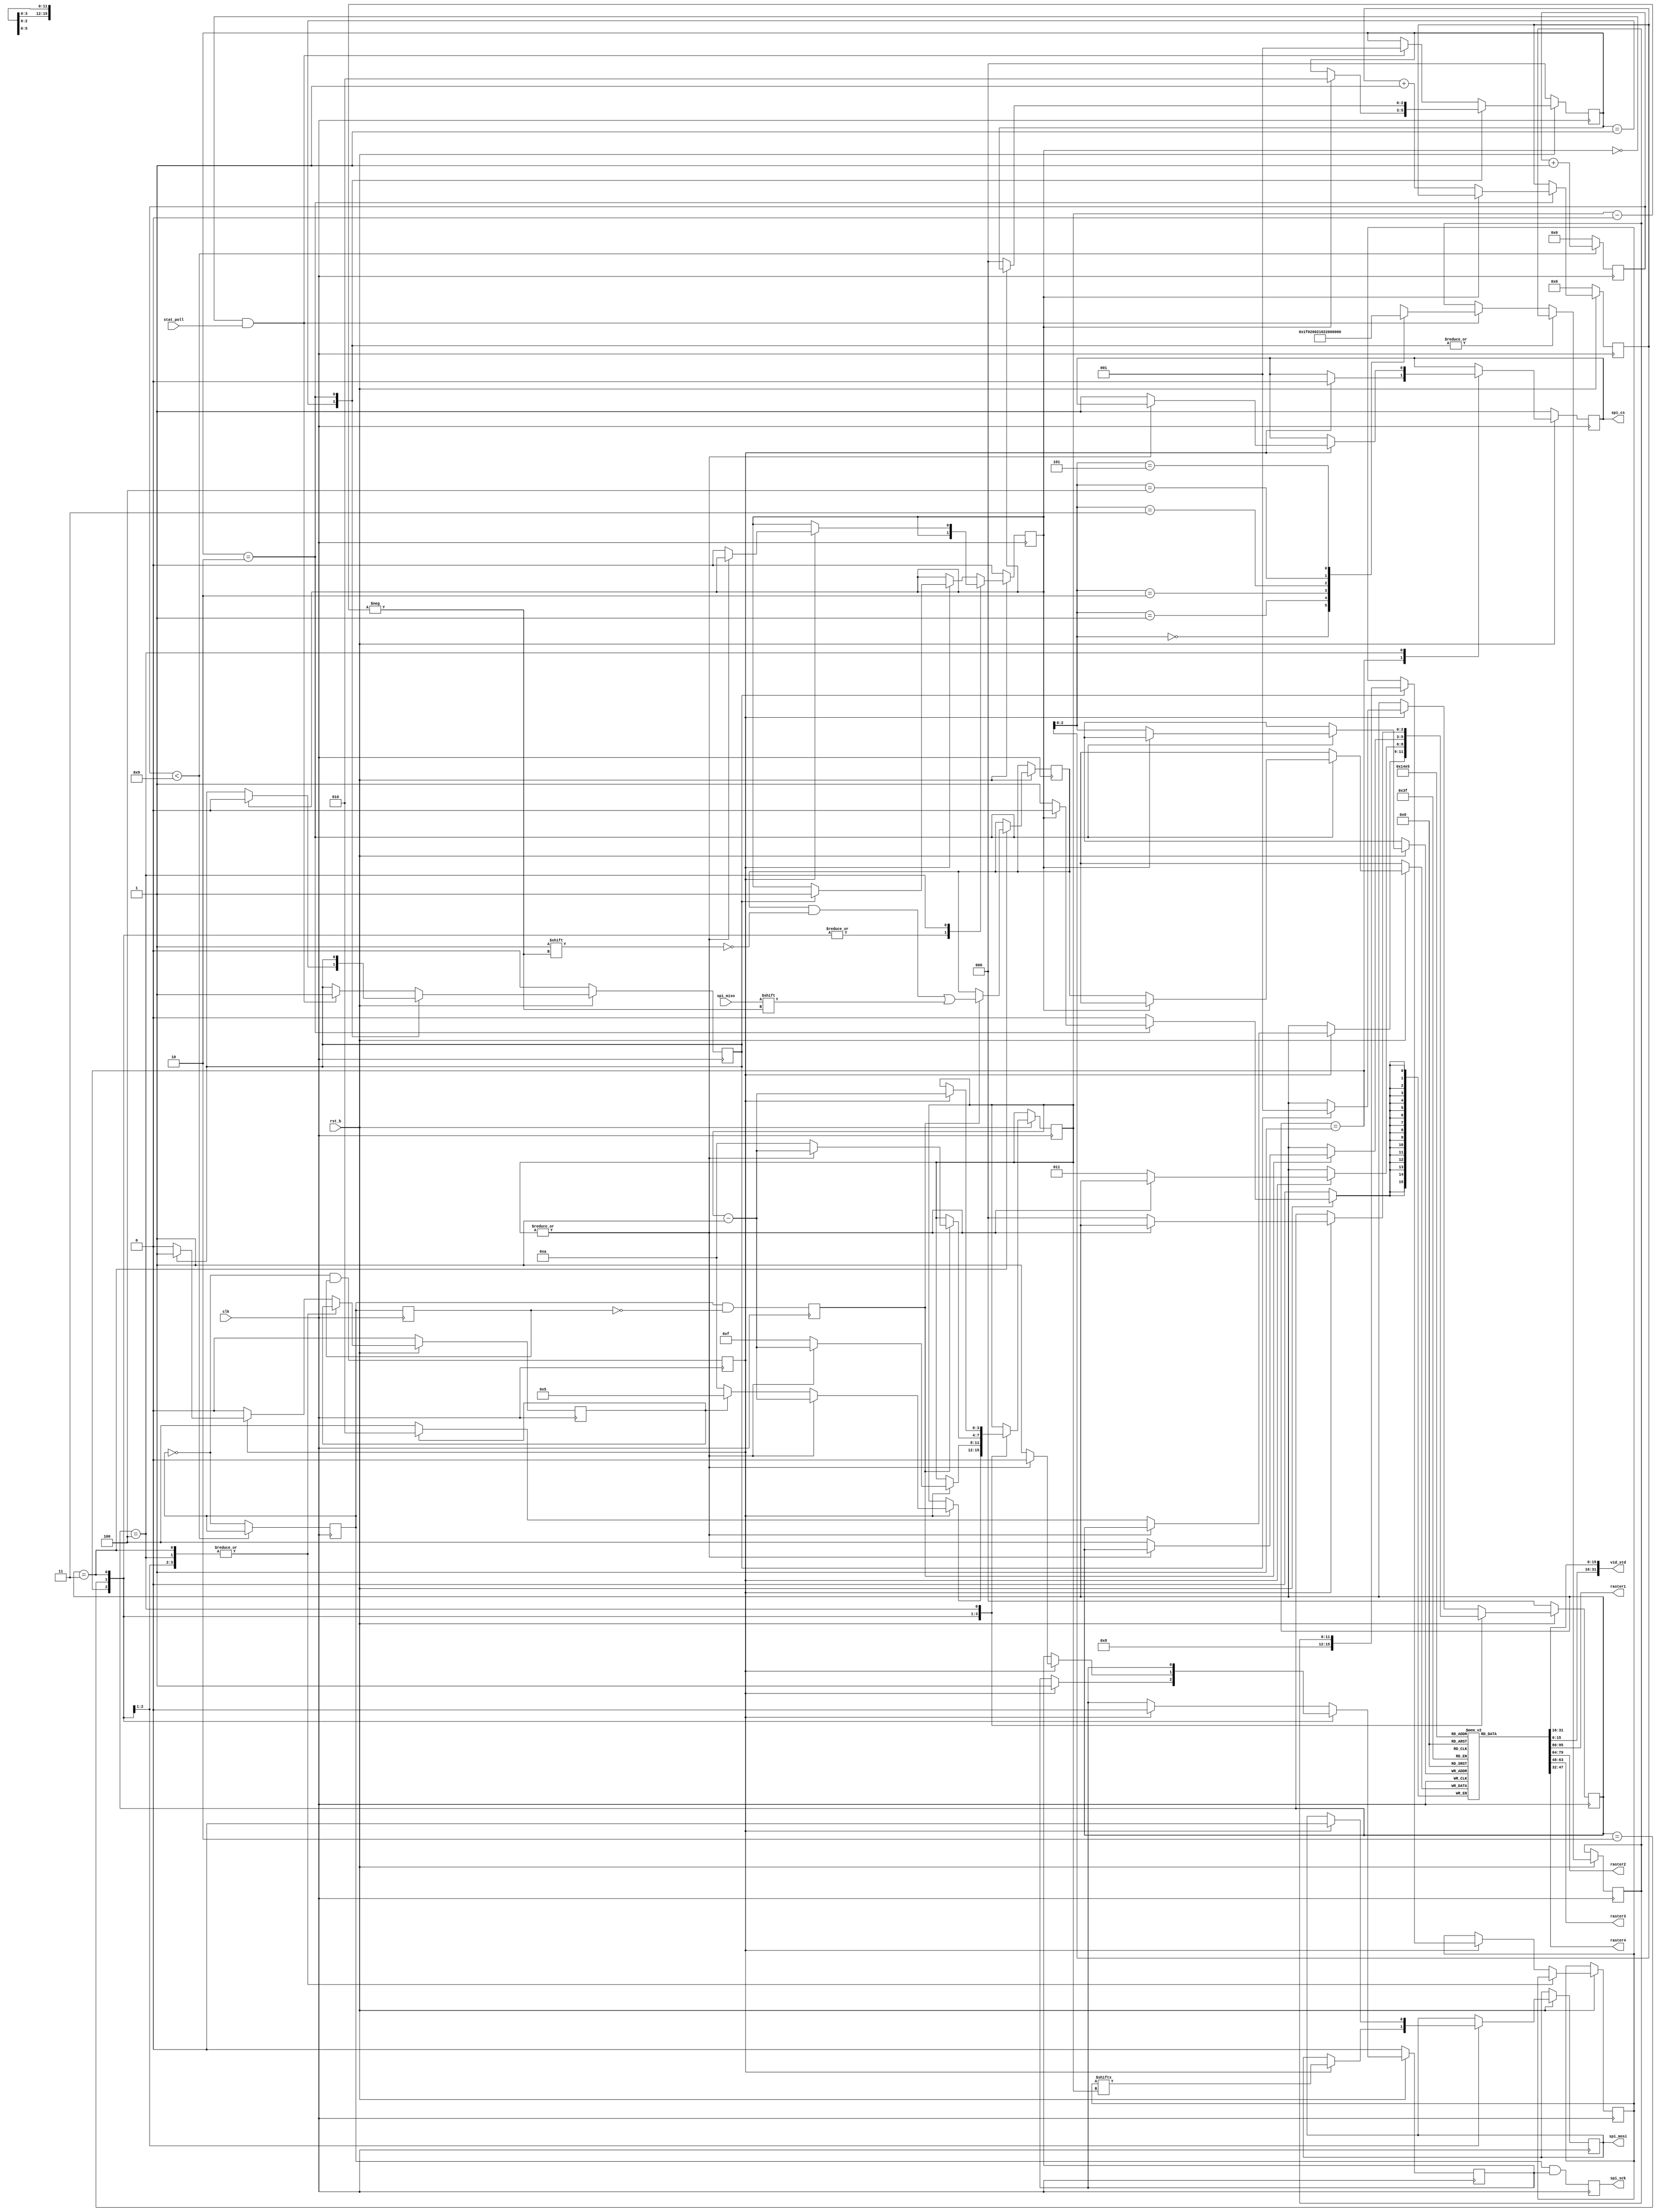
module gennum2961_spi_ctrl
(
  input         clk,  //system clock
  input         rst_b,
  input         stat_poll,
  
  output reg    spi_cs,
  output reg    spi_sck,
  output reg    spi_mosi,
  input         spi_miso,
  
  output [31:0] vid_std,
  output [15:0] raster1,
  output [15:0] raster2,
  output [15:0] raster3,
  output [15:0] raster4
);

parameter  SPI_CLK_DIV = 20;

//register addresses
//localparam REG_VIDEO_FORMAT_352_A_1 = 12'h008,//12'h019,
//           REG_VIDEO_FORMAT_352_B_1 = 12'h009;//12'h01a;

//localparam CMD_VIDEO_FORMAT_A = {1'b1, 3'b0, REG_VIDEO_FORMAT_352_A_1},
//           CMD_VIDEO_FORMAT_B = {1'b1, 3'b0, REG_VIDEO_FORMAT_352_B_1};
           
localparam ST_IDLE          = 0,
           ST_READ_REG      = 1,
           ST_READ_REG_WAIT = 2;
           //ST_READ_VIDEO_FORMAT_B      = 3,
           //ST_READ_VIDEO_FORMAT_B_WAIT = 4;
           
localparam ST_SPI_IDLE      = 0,
           ST_SPI_WRITE_CMD = 1,
           ST_SPI_READ_WAIT = 2,
           ST_SPI_READ_STAT = 3,
           ST_SPI_CMD_GAP   = 4;
           
localparam READ_WAIT_TIME = 5, //in bit time
           CMD_GAP_TIME   = 10;
           
localparam REG_RD_CNT = 6;

reg   [2:0] state;  //state machine variable
reg   [2:0] spi_state;

wire [11:0] REG_ADDR[0:REG_RD_CNT-1];
reg  [15:0] reg_read_data[0:REG_RD_CNT-1];

reg         spi_master_wren_i;
reg  [15:0] spi_master_di_i;
wire        spi_master_wr_ack_o;
wire        spi_master_do_valid_o;
wire [15:0] spi_master_do_o;
reg  [15:0] vid_std_lower, vid_std_upper;
reg         spi_clk_falling, spi_clk_rising;
reg         spi_sck_d1;
reg         spi_clk_enable;
reg  [15:0] spi_read_cmd, spi_read_data;
reg  [11:0] spi_read_addr;
reg         spi_read_req, spi_busy, spi_reading;
reg         spi_sck_int;
reg   [7:0] spi_clk_cnt;
reg   [3:0] spi_bit_cnt;
reg   [3:0] reg_index;

assign REG_ADDR[0] = 12'h01f;
assign REG_ADDR[1] = 12'h020;
assign REG_ADDR[2] = 12'h021;
assign REG_ADDR[3] = 12'h022;
assign REG_ADDR[4] = 12'h006;
assign REG_ADDR[5] = 12'h007;

assign raster1 = reg_read_data[0];
assign raster2 = reg_read_data[1];
assign raster3 = reg_read_data[2];
assign raster4 = reg_read_data[3];

//assign spi_sck = spi_sck_int & spi_clk_enable;
assign vid_std = {reg_read_data[5], reg_read_data[4]};

always @(posedge clk) begin: spi_clk_blk
    spi_sck <= spi_sck_int & spi_clk_enable;
    
    spi_clk_falling <= (~spi_sck_int & spi_sck_d1);
    spi_clk_rising  <= (spi_sck_int & ~spi_sck_d1);
    spi_sck_d1 <= spi_sck_int;
    
    if (spi_clk_cnt < SPI_CLK_DIV / 2 - 1)
        spi_clk_cnt <= spi_clk_cnt + 1;
    else begin
        spi_clk_cnt <= 0;
        spi_sck_int <= ~spi_sck_int;
    end
end

always @(posedge clk) begin: sequencer_blk
    if (~rst_b) begin
        state <= ST_IDLE;
        spi_read_req <= 1'b0;
        reg_index <= 0;
    end
    else begin
        case(state)
            ST_READ_REG: begin
                if (spi_busy) begin
                    state <= ST_READ_REG_WAIT;
                    spi_read_req <= 1'b0;
                end
            end
            
            ST_READ_REG_WAIT: begin
                if (~spi_busy) begin
                    //vid_std_lower <= spi_read_data;
                    reg_read_data[reg_index] <= spi_read_data;
                    reg_index <= reg_index + 1;
                    //state <= ST_READ_VIDEO_FORMAT_B;
                    //spi_read_addr <= REG_VIDEO_FORMAT_352_B_1;
                    //spi_read_req <= 1'b1;
                    state <= ST_IDLE;
                end
            end
            
            //ST_READ_VIDEO_FORMAT_B: begin
            //    if (spi_busy) begin
            //        state <= ST_READ_VIDEO_FORMAT_B_WAIT;
            //        spi_read_req <= 1'b0;
            //    end
            //end
            //
            //ST_READ_VIDEO_FORMAT_B_WAIT: begin
            //    if (~spi_busy) begin
            //        vid_std_upper <= spi_read_data;
            //        state <= ST_IDLE;
            //    end
            //end
            
            default: begin //idle
                //reg_index <= reg_index + 1;
                
                if (~spi_busy & stat_poll) begin
                    state <= ST_READ_REG;
                    spi_read_addr <= REG_ADDR[reg_index];
                    spi_read_req <= 1'b1;
                end
            end
        endcase
    end
end

always @(posedge clk) begin: spi_state_machine_blk
    if (~rst_b) begin
        spi_state <= ST_SPI_IDLE;
        spi_clk_enable <= 1'b0;
        spi_busy <= 1'b0;
        spi_reading <= 1'b0;
        spi_cs <= 1'b1;
    end
    else begin
        
        case(spi_state)
            ST_SPI_WRITE_CMD: begin
                if (spi_clk_falling) begin
                    spi_cs <= 1'b0;
                    spi_clk_enable <= 1'b1;
                    spi_bit_cnt <= spi_bit_cnt - 1;
                    spi_mosi <= spi_read_cmd[spi_bit_cnt];
                    
                    if (~(|spi_bit_cnt)) begin
                        if (spi_reading) begin
                            spi_state <= ST_SPI_READ_WAIT;
                            spi_bit_cnt <= READ_WAIT_TIME;
                        end
                        else begin
                            spi_state <= ST_SPI_CMD_GAP;
                            spi_bit_cnt <= CMD_GAP_TIME;
                        end
                    end
                end
            end
            
            ST_SPI_READ_WAIT: begin //waste time between cmd write and read
                if (spi_clk_falling) begin
                    spi_clk_enable <= 1'b0;
                    spi_mosi <= 1'b0;
                    spi_bit_cnt <= spi_bit_cnt - 1;
                    if (~(|spi_bit_cnt)) begin
                        spi_state <= ST_SPI_READ_STAT;
                        spi_clk_enable <= 1'b1;
                        spi_bit_cnt <= 15;
                    end
                end
            end
            
            ST_SPI_READ_STAT: begin
                if (spi_clk_rising) begin
                    spi_read_data[spi_bit_cnt] <= spi_miso;
                    spi_bit_cnt <= spi_bit_cnt - 1;
                    
                    if (~(|spi_bit_cnt)) begin
                        spi_state <= ST_SPI_CMD_GAP;
                        spi_bit_cnt <= CMD_GAP_TIME;
                    end
                end
            end
            
            ST_SPI_CMD_GAP: begin
                if (spi_clk_falling) begin
                    spi_clk_enable <= 1'b0;
                    spi_bit_cnt <= spi_bit_cnt - 1;
                    
                    if (~(|spi_bit_cnt)) begin
                        spi_state <= ST_SPI_IDLE;
                        spi_busy <= 1'b0;
                        spi_cs <= 1'b1;
                    end
                end
            end
            
            default: begin //idle
                spi_reading <= 1'b0;
                
                if (spi_clk_falling) begin
                    if (spi_read_req) begin
                        spi_state <= ST_SPI_WRITE_CMD;
                        spi_busy <= 1'b1;
                        spi_reading <= 1'b1;
                        spi_read_cmd <= {1'b1, 3'b0, spi_read_addr};
                    end
                    
                    spi_clk_enable <= 1'b0;
                end
            end
        endcase
    end
end

endmodule